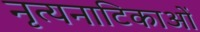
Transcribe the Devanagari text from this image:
नृत्यनाटिकाओं